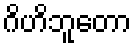
ဂိဟိဘူတော